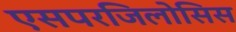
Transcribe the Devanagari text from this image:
एसपरजिलोसिस